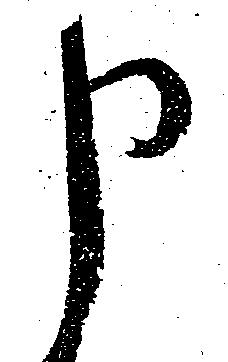
申